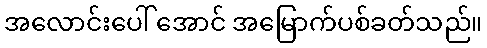
အလောင်းပေါ် အောင် အမြောက်ပစ်ခတ်သည်။